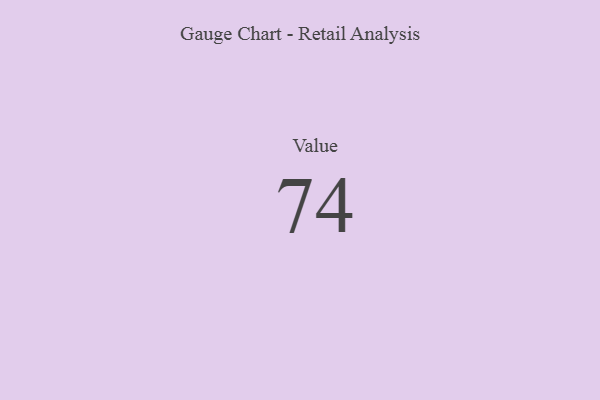
{"axis": {"x": "Metric", "y": "Value"}, "legend": [""], "data": [{"x": "Value", "y": 74, "type": ""}]}